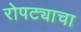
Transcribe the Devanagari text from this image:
रोपट्याचा